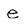
Character: e